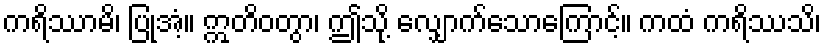
ကရိဿာမိ၊ ပြုအံ့။ ဣတိဝတွာ၊ ဤသို့ လျှောက်သောကြောင့်။ ကထံ ကရိဿသိ၊